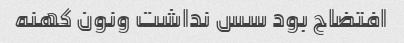
افتضاح بود سس نداشت ونون کهنه